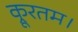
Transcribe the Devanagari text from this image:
क्रूरतम।